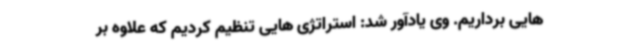
هایی برداریم. وی یادآور شد: استراتژی هایی تنظیم کردیم که علاوه بر